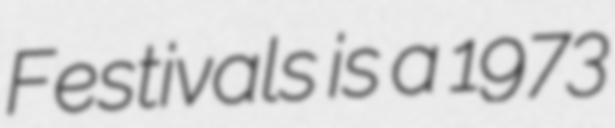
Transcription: Festivals is a 1973